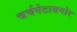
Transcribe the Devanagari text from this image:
चर्चगेटासमोर